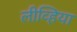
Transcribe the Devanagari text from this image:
लीव्हिया